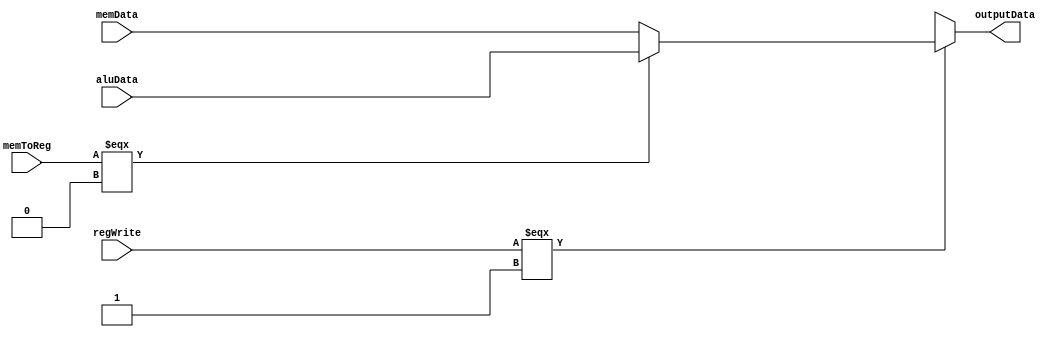
module WriteBack (memData, aluData, regWrite, memToReg, outputData);
// regWrite 0 => no write back, 1 => write back
// memToReg 0 => take aluData, 1 => take memData
input  [15:0] memData, aluData;
input regWrite, memToReg;
output [15:0] outputData;
assign outputData = (regWrite === 1'b1) ? ((memToReg === 1'b0) ? aluData : memData) : 16'bx;
endmodule